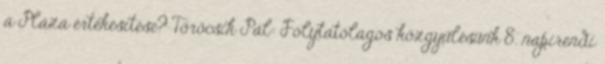
a Pláza értékesítése? Törőcsik Pál: Folytatólagos közgyűlésünk 8. napirendi